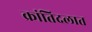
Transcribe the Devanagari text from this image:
क्रांतिदलात